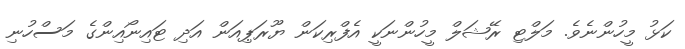
ކަޅު މީހުންނެވެ. މަލްޓި ރޭޝަލް މީހުންނަކީ އެފްރިކަން ޔޫރަޕިއަން އަދި ޓައިނޯއިންގެ މަސްހުނި